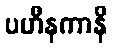
ပဟီနကာနိ